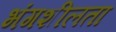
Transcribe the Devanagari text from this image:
भंगशीलता